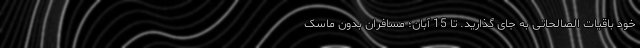
خود باقیات الصالحاتی به جای گذارید. تا 15 آبان؛ مسافران بدون ماسک